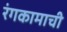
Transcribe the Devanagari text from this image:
रंगकामाची